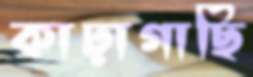
কাঢ়াগাছি